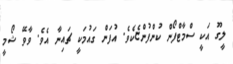
ލީގޫ އަކީ ސްމާޓްފޯން ކުންފުންޏެކެވެ. އުފަން ގަައުމަކީ ޗައިނާ އެވެ. ވާވޭ ޝޯމީ